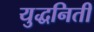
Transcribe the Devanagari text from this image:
युद्धनिती